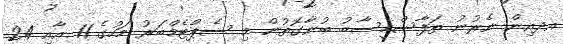
އދއިން ނެރުނު ތަފާސްހިސާބު ބުނާގޮތުން މި ސެޕްޓެމްބަރު މަހުގެ 11 އާއި 24